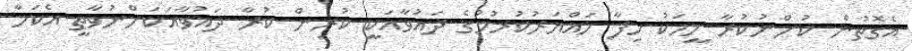
އެގޮތުން ކުށްނުކުރާ މީހަކު ހިފާ ހައްޔަރުކުރުމުގެ ދައުވާއަކީ ކުރިން ކުރާ ދައުވާއަކަށްނުވާތީ އެކަމާ